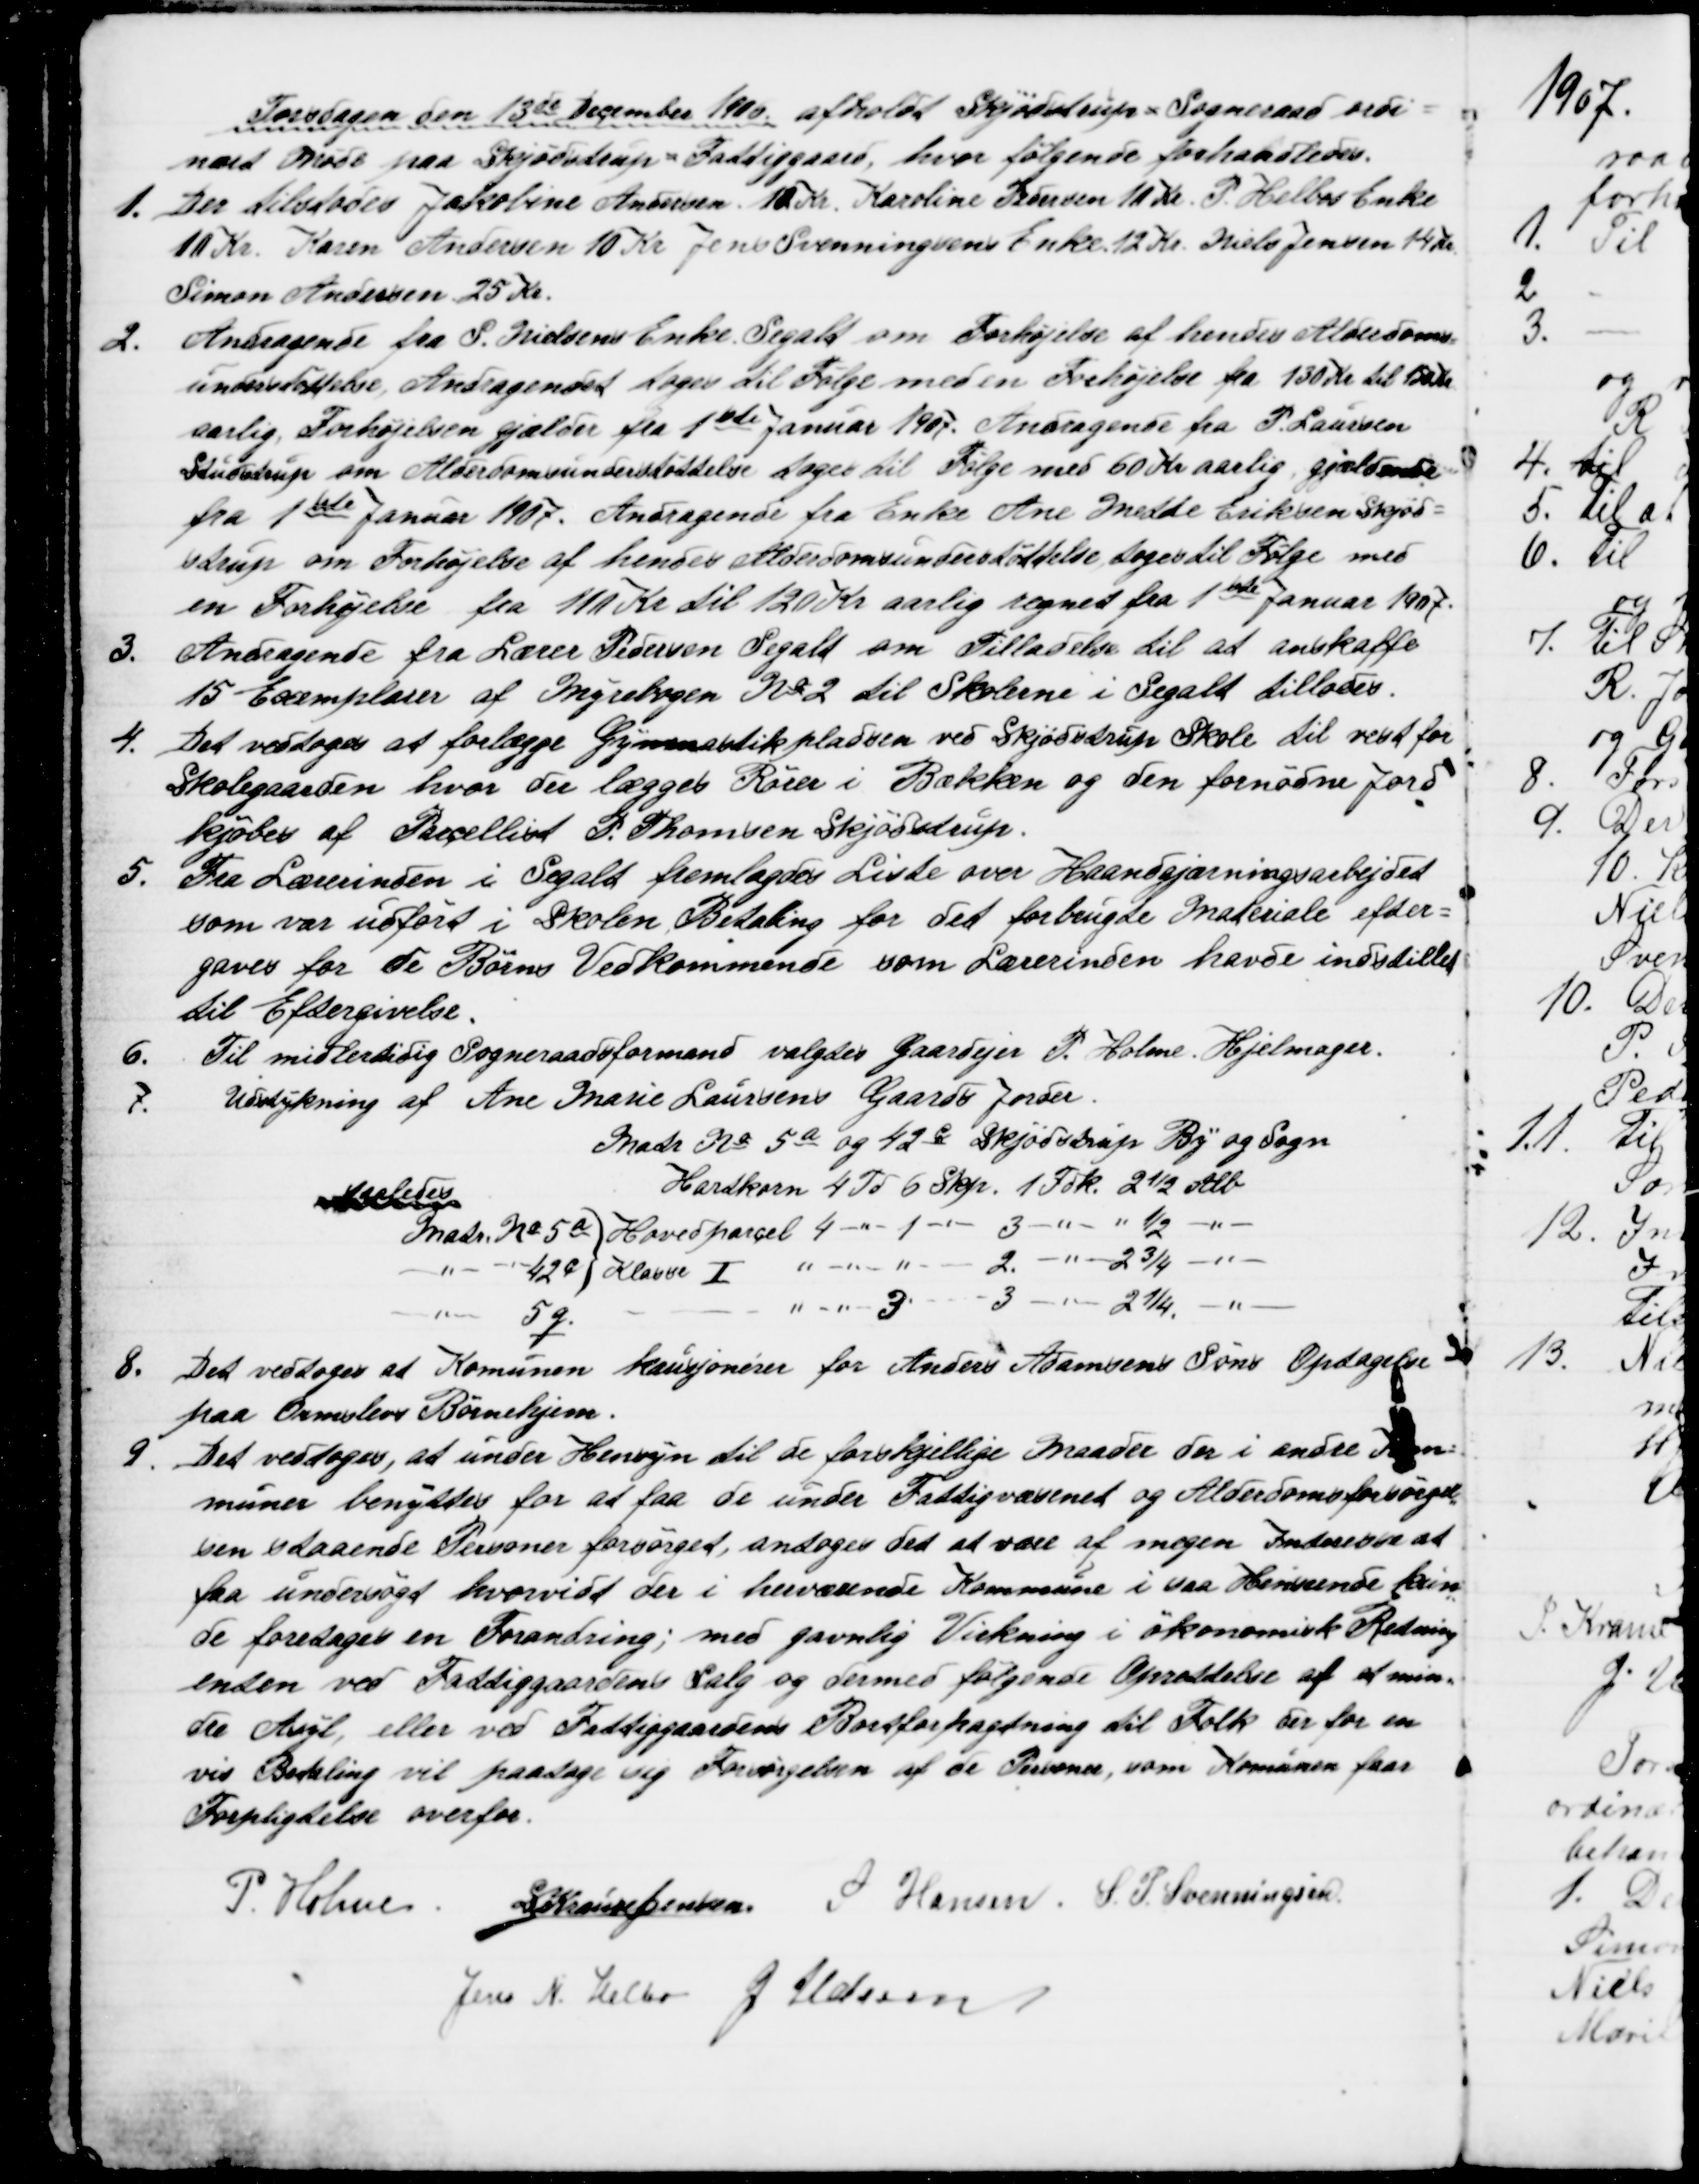
Transskription:
Torsdagen den 13de December 1906 afholdt Skjødstrup = Sogneraad ordi=
nært Møde paa Skjødstrup = Fattiggaard, hvor følgende forhandledes.
1.
Der tilstodes Jakobine Andersen 10 Kr. Karoline Pedersen 11 Kr. P. Helbos Enke
10 Kr. Karen Andersen 10 Kr Jens Svenningsens Enke 12 Kr. Niels Jensen 14 Kr.
Simon Andersen 25 Kr.
2.
Andragende fra S. Nielsens Enke Segalt om Forhøjelse af hendes Alderdoms=
understøttelse. Andragendet toges til Følge med en Forhøjelse fra 130 Kr. til 150 Kr
aarlig, Forhøjelsen gjælder fra 1ste Januar 1907. Andragende fra P. Laursen
Studstrup om Alderdomsunderstøttelse tages til Følge med 60 Kr aarlig gjældende
fra 1ste Januar 1907. Andragende fra Enke Ane Mette Eriksen Skjød=
strup om Forhøjelse af hendes Alderdomsunderstøttelse toges til Følge med 
en Forhøjelse fra 110 Kr til 120 Kr aarlig regnet fra 1ste Januar 1907.
3.
Andragende fra Lærer Pedersen Segalt om Tilladelse til at anskaffe
15 Exemplarer af Regnebogen № 2 til Skolerne i Segalt tillodes.
4.
Det vedtoges at forlægge Gymnastikpladsen ved Skjødstrup Skole til vest for 
Skolegaarden hvor der lægges Rører i Bækken og den fornødne Jord
kjøbes af Parcellist P. Thomsen Skjødstrup.
5.
Fra Lærerinden i Segalt fremlagdes Liste over Haandgjærningsarbejdet
som var udført i Skolen, Betaling for det forbrugte Materiale efter=
gaves for de Børns Vedkommende som Lærerinden havde indstillet
til Eftergivelse.
6.
Til midlertidig Sogneraadsformand valgtes Gaardejer P. Holme. Hjelmager.
7.
Udstykning af Ane Marie Laursens Gaards Jorder.
Matr № 5a og 42c Skjødstrup By og Sogn
Hartkorn 4 Td 6 Skp. 1 Fdk. 2½ Alb
saaledes
Matr. № 5a Hovedparcel 4 - 1 - 3 - -  1/2 
42c Klasse I
2. -  2¾ 
5g.
3 - 3 - 2¼
8.
Det vedtoges at Komunen kausjonerer for Anders Adamsens Søns Optagelse 
paa Ormslevs Børnehjem.
9
Det vedtoges, at under Hensyn til de forskjellige Maader der i andre Kom=
muner benyttes for at faa de under Fattigvæsenet og Alderdomsforsørgel
=
sen staaende Personer forsørget, antoges det at være af megen Interesse at
faa undersøgt hvorvidt der i herværende Kommune i saa Henseende kun
=
de foretages en Forandring; med gavnlig Virkning i økonomisk Retning
enten ved Fattiggaardens Salg og dermed følgende Oprettelse af et min=
dre Asyl, eller ved Fattiggaardens Bortforpagtning til Folk der for en 
vis Betaling vil paatage sig Forsørgelsen af de Personer, som Komunen faar
Forpligtelse overfor.
P. Holme S Krause Jensen S Hansen S. P. Svenningsen
Jens N. Helbo J Udsen